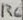
Text: R6